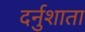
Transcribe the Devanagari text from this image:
दर्नुशाता